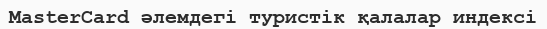
MasterCard әлемдегі туристік қалалар индексі